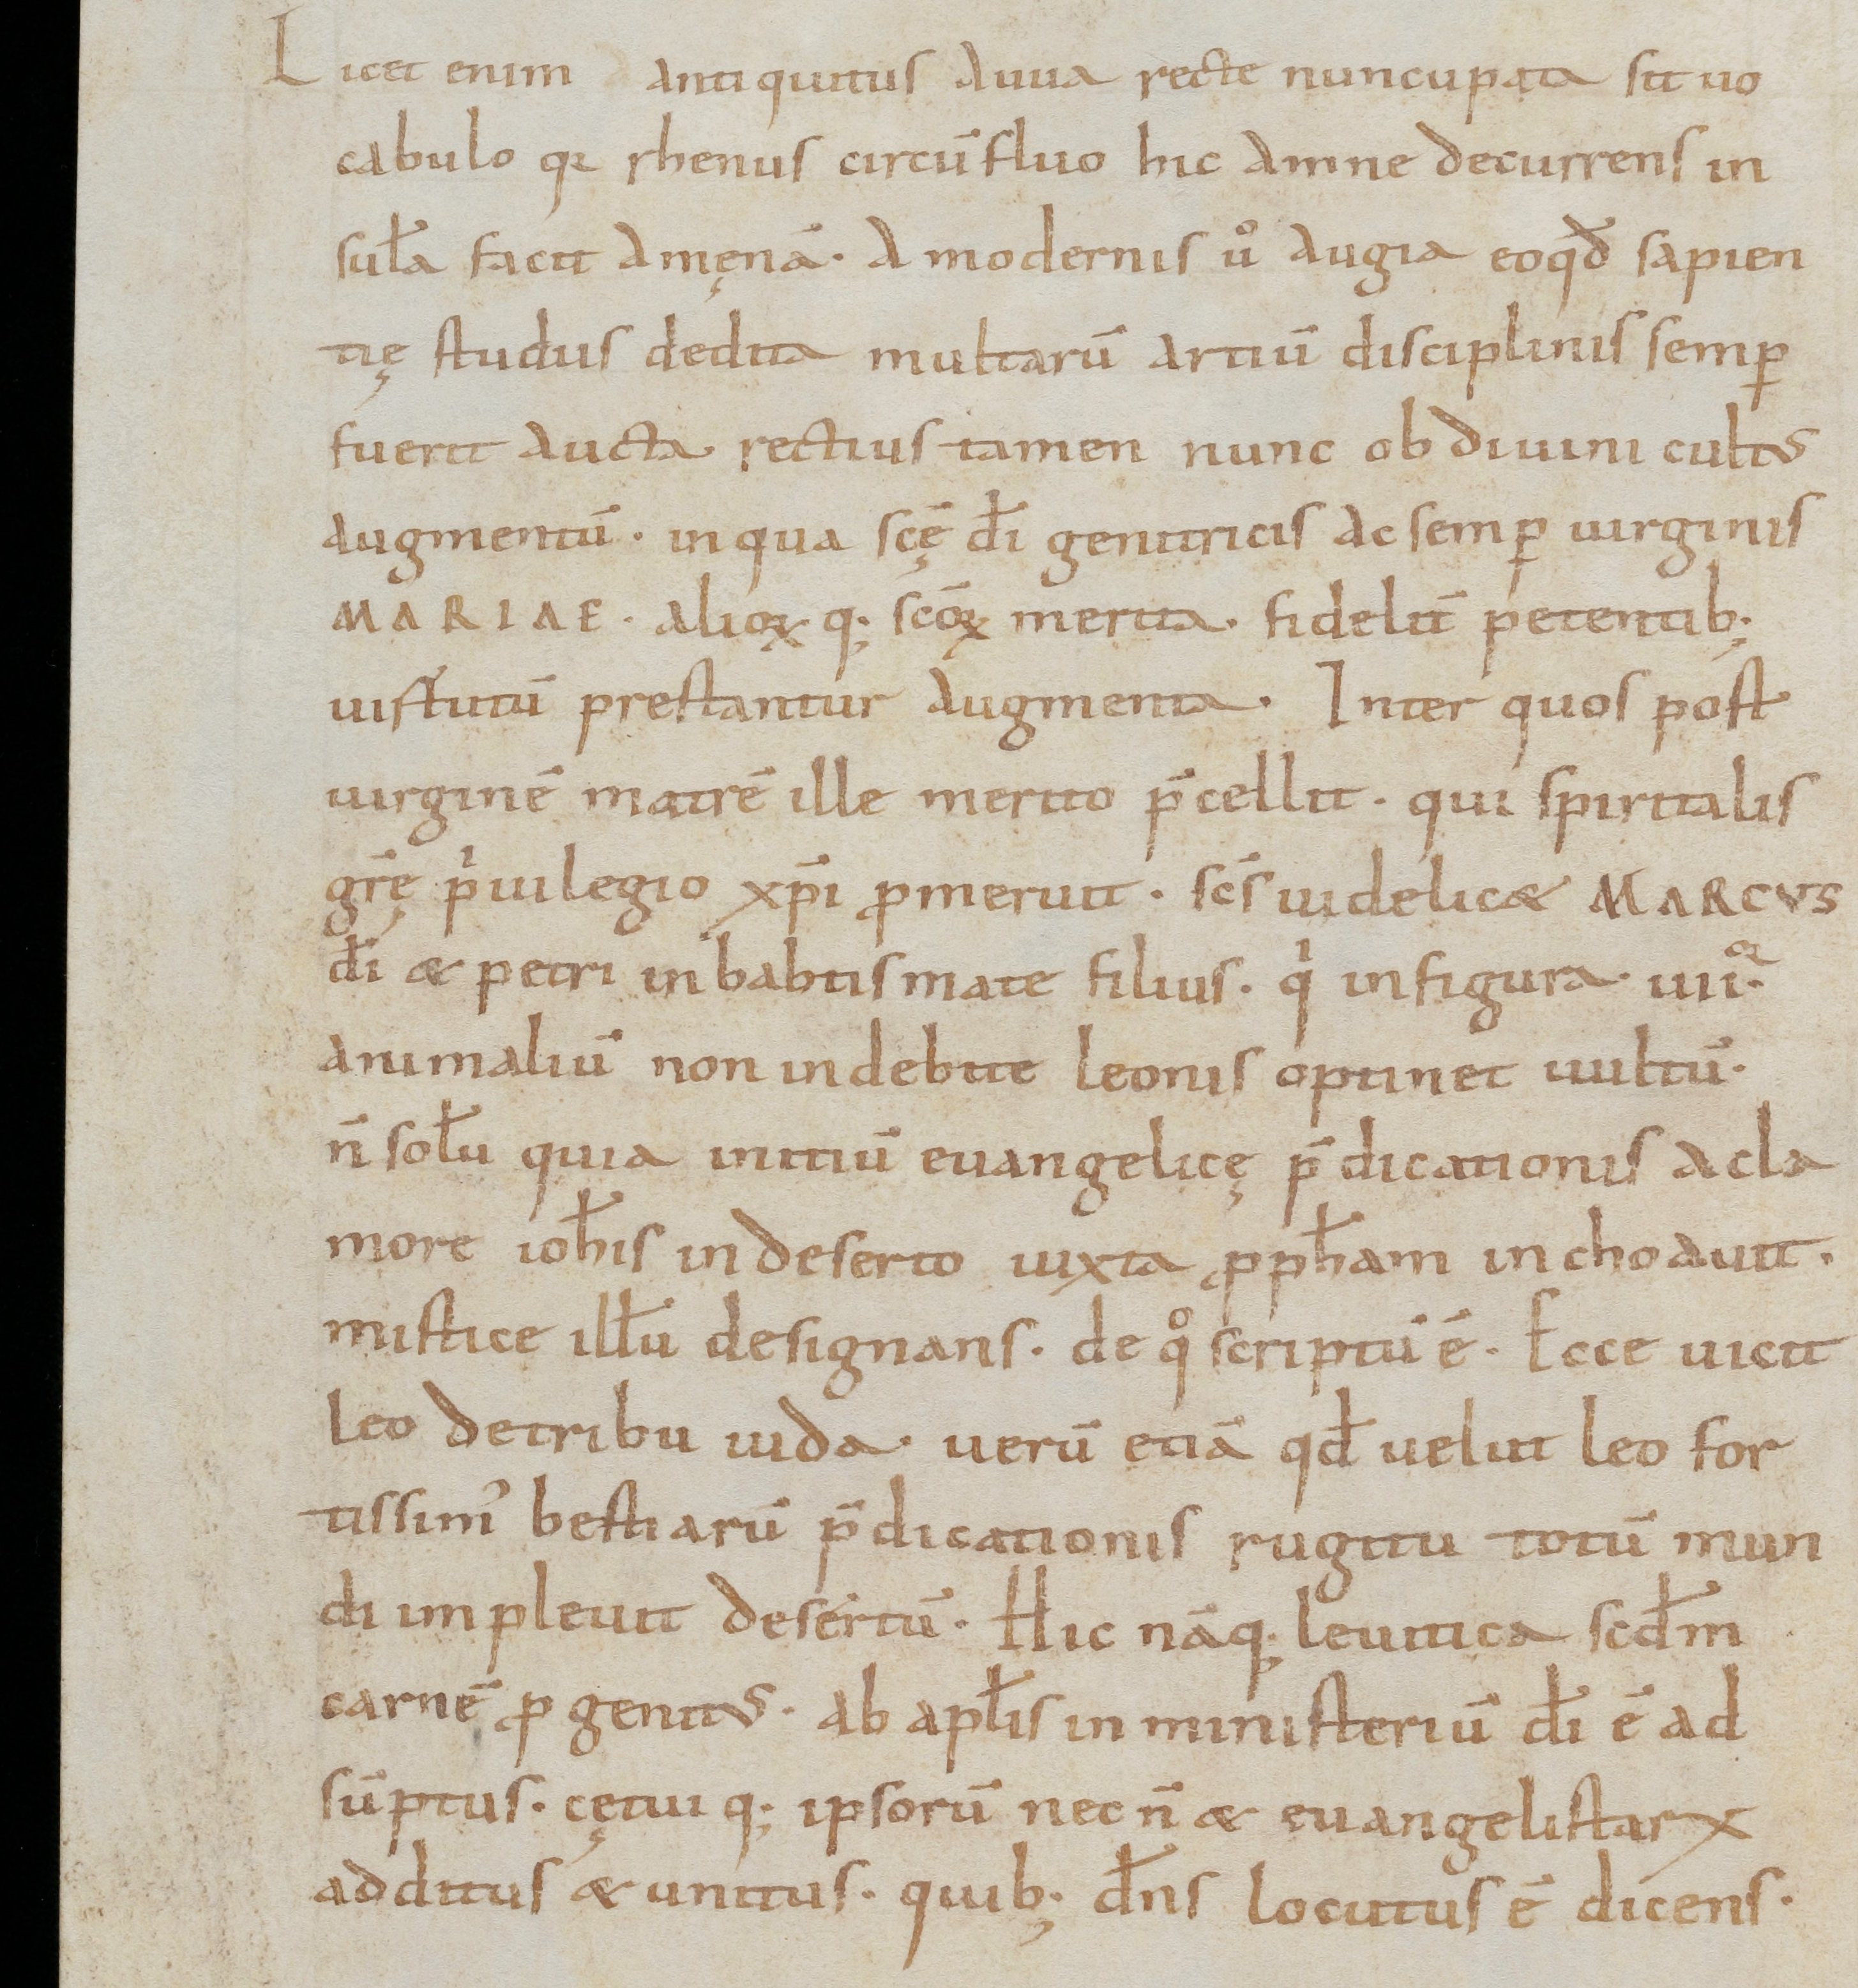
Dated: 1000–1099